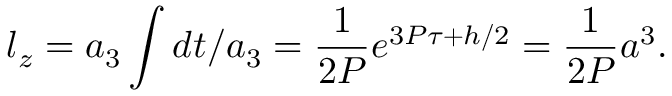
l _ { z } = a _ { 3 } \int d t / a _ { 3 } = \frac { 1 } { 2 P } e ^ { 3 P \tau + h / 2 } = \frac { 1 } { 2 P } a ^ { 3 } .